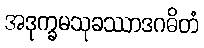
အဒုက္ခမသုခဿာဒဂဓိတံ